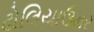
ઢોલિયાઉમર